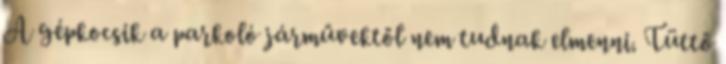
A gépkocsik a parkoló járművektől nem tudnak elmenni. Tüttő